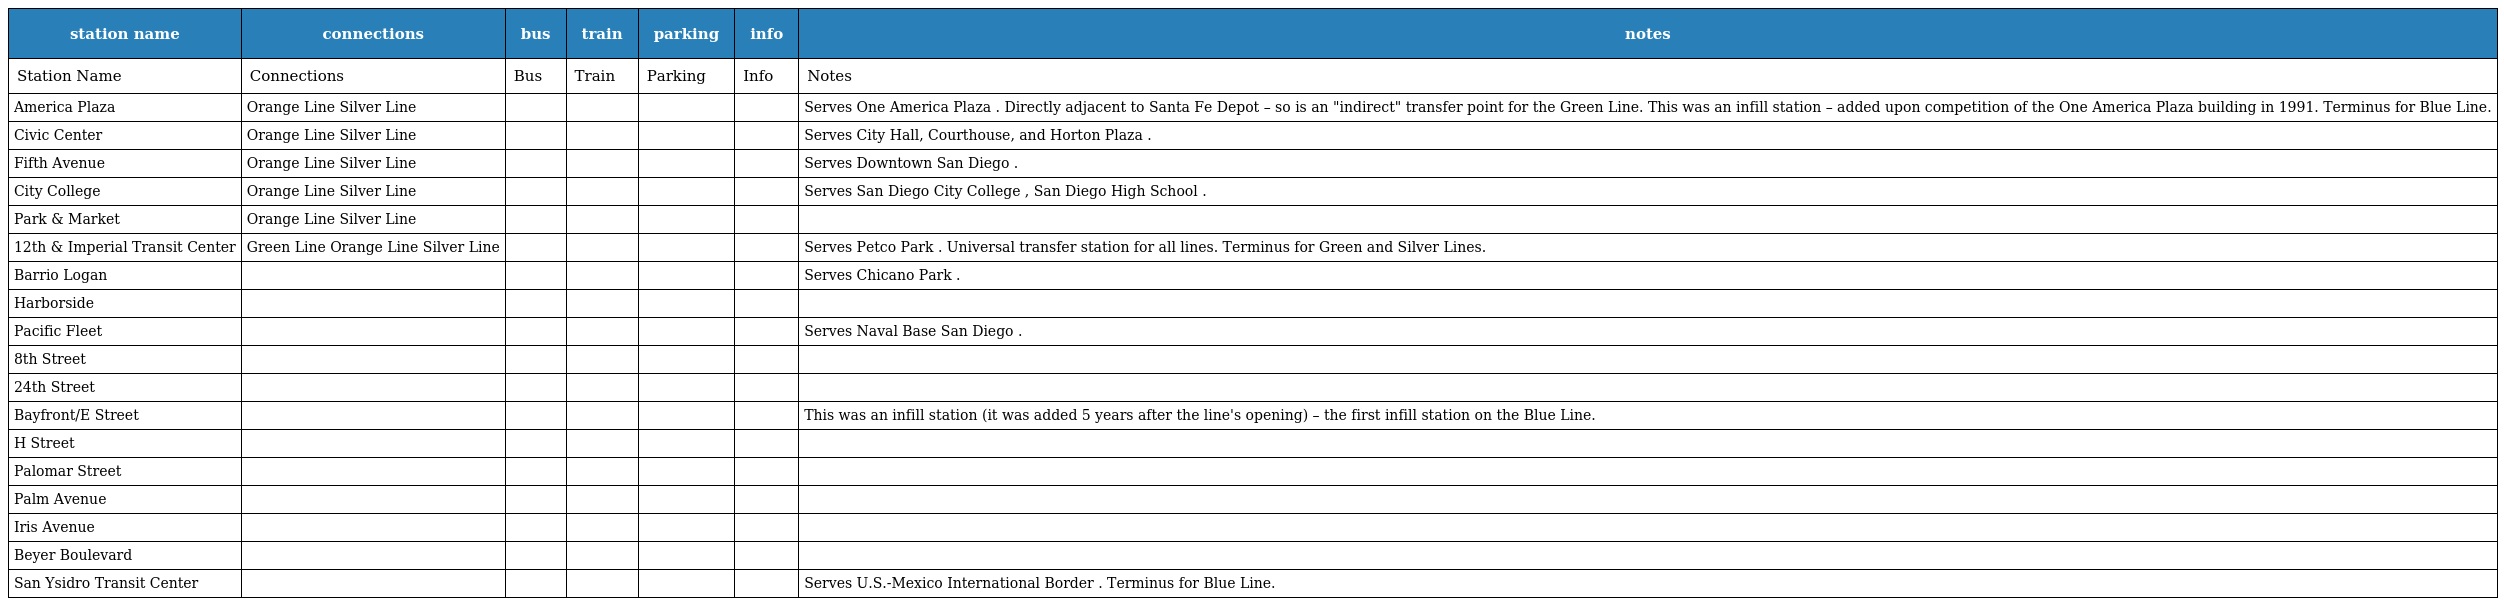
| station name | connections | bus | train | parking | info | notes |
 | --- | --- | --- | --- | --- | --- | --- |
 | Station Name | Connections | Bus | Train | Parking | Info | Notes |
 | America Plaza | Orange Line Silver Line |  |  |  |  | Serves One America Plaza . Directly adjacent to Santa Fe Depot – so is an "indirect" transfer point for the Green Line. This was an infill station – added upon competition of the One America Plaza building in 1991. Terminus for Blue Line. |
 | Civic Center | Orange Line Silver Line |  |  |  |  | Serves City Hall, Courthouse, and Horton Plaza . |
 | Fifth Avenue | Orange Line Silver Line |  |  |  |  | Serves Downtown San Diego . |
 | City College | Orange Line Silver Line |  |  |  |  | Serves San Diego City College , San Diego High School . |
 | Park & Market | Orange Line Silver Line |  |  |  |  |  |
 | 12th & Imperial Transit Center | Green Line Orange Line Silver Line |  |  |  |  | Serves Petco Park . Universal transfer station for all lines. Terminus for Green and Silver Lines. |
 | Barrio Logan |  |  |  |  |  | Serves Chicano Park . |
 | Harborside |  |  |  |  |  |  |
 | Pacific Fleet |  |  |  |  |  | Serves Naval Base San Diego . |
 | 8th Street |  |  |  |  |  |  |
 | 24th Street |  |  |  |  |  |  |
 | Bayfront/E Street |  |  |  |  |  | This was an infill station (it was added 5 years after the line's opening) – the first infill station on the Blue Line. |
 | H Street |  |  |  |  |  |  |
 | Palomar Street |  |  |  |  |  |  |
 | Palm Avenue |  |  |  |  |  |  |
 | Iris Avenue |  |  |  |  |  |  |
 | Beyer Boulevard |  |  |  |  |  |  |
 | San Ysidro Transit Center |  |  |  |  |  | Serves U.S.-Mexico International Border . Terminus for Blue Line. |